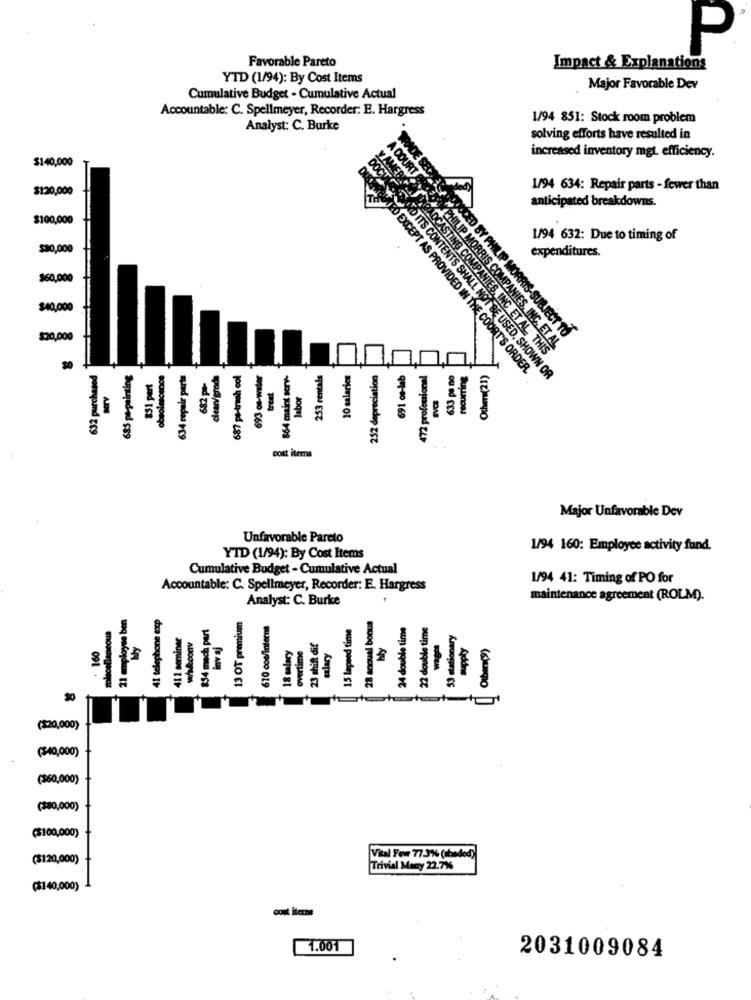
P
Favorable Pareto
Impact & Explanations
YTD (1/94): By Cost Items
Major Favorable Dev
Cumulative Budget - Cumulative Actual
Accountable: C. Spellmeyer, Recorder: E. Hargress
1/94 851: Stock room problem
Analyst: C. Burke
solving efforts have resulted in
increased inventory mgt. efficiency.
$140,000
$120,000
1/94 634: Repair parts - fewer than
anticipated breakdowns.
$100,000
1/94 632: Due to timing of
$$0,000
expenditures.
$60,000
$40,000
$20,000
ED BY PHILIP MORRIS-SUBJECT TO
OCASTING COMPANIES, INC ET AL. THIS
PHILIP MORRIS COMPANIES, INC. ET AL
632 purchased
685 pa-painting
31 part
obsolescence
634 repair parts
clean/grads
687 ps-trash cof
693 os-water
& 864 maint sory-
253 rentals
10 salaries
252 depreciation
YO EXCEPT AS PROVIDED IN THE COURT'S ORDER.
691 os-lab
472 professional
633 ps no
recurring
Other (21)
treat
D ITS CONTENTS SHALL NOT BE USED. SHOWN OR
labor
cost items
Major Unfavorable Dev
Unfavorable Pareto
1/94 160: Employee activity fund.
YTD (1/94): By Cost Items
Cumulative Budget - Cumulative Actual
1/94 41: Timing of PO for
Accountable: C. Spellmeyer, Recorder: E. Hargress
Analyst: C. Burke
maintenance agreement (ROLM).
21 employee ben
41 telephone exp
miscellaneous
854 mach part
13 OT premium
610 cos/interni
15 lapeed time
28 anoual bonus
24 double time
22 double time
41 1 seminar
whileconv
53 stationary
. 160
18 malary
overtime
23 shift dif
salary
SO
($20,000)
($40,000)
(360,000)
($80,000)
($100,000)
($120,000)
Vital Few 77.3% (abadod)
Trivial Many 22.7%
($140,000)
cont iterne
1.001
2031009084